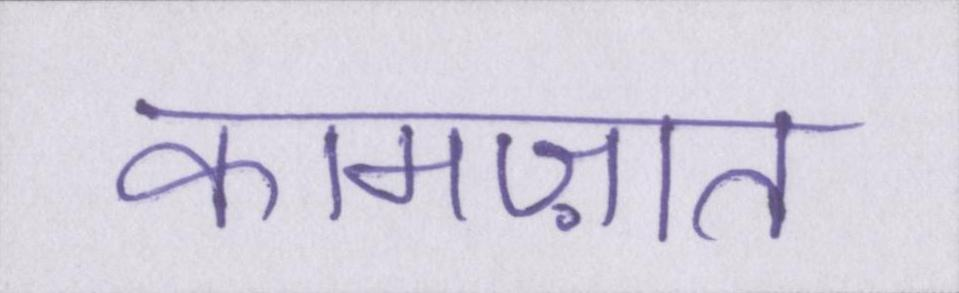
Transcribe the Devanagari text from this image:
कामज़ात